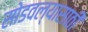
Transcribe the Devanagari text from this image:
सोडवल्यासाठी